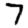
Digit: 7